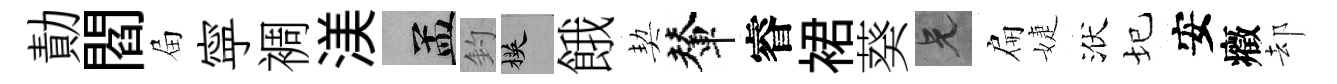
勣閻屇寜裯渼汴釣楧餓契輦睿裙葵兄扁婕洑圮安癥却